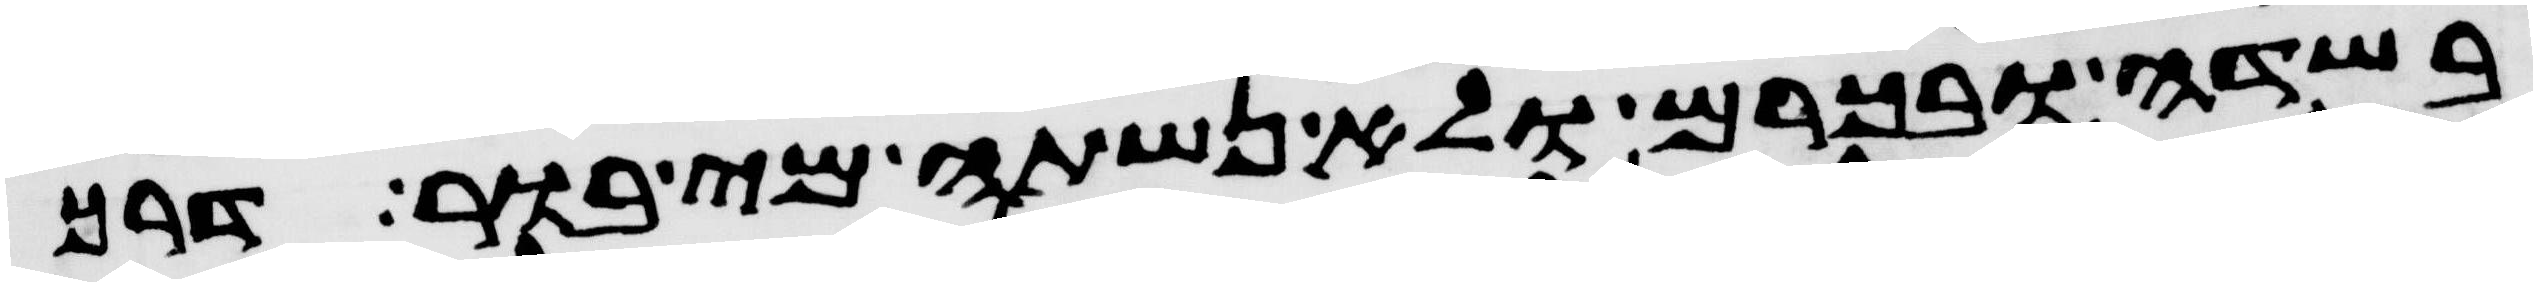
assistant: בשדה ובכרם ולא נשתה מי בור דרך